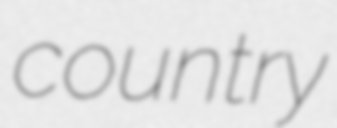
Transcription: country